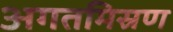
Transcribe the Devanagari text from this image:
अगतमिस्रण